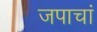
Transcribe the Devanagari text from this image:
जपाचां